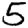
Digit: 5